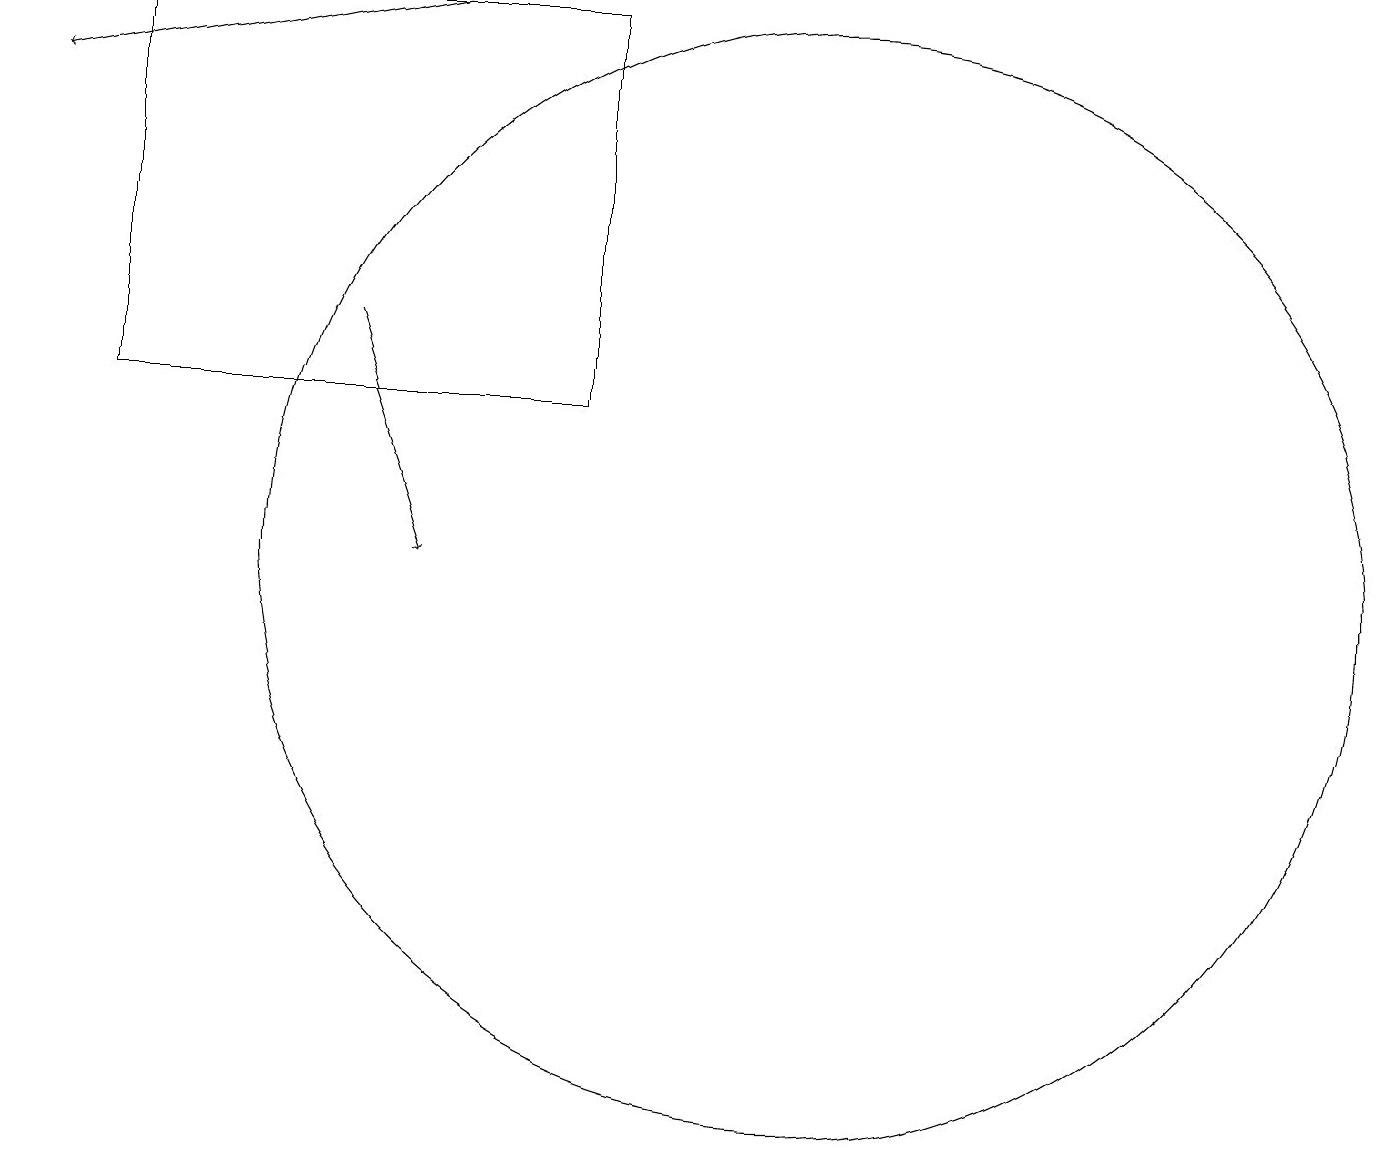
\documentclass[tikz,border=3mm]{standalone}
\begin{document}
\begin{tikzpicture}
\draw (10,12) circle (7);
\draw[->] (5,19) -- (0,18);
\draw (1,14) rectangle (7,19);
\draw[->] (4,15) -- (5,12);
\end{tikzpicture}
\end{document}